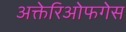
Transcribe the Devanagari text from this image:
अक्तेरिओफगेस